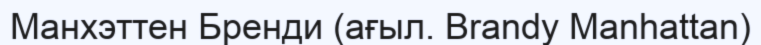
Манхэттен Бренди (ағыл. Brandy Manhattan)